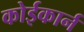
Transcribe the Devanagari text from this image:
कोईकार्न